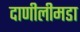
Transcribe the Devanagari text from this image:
दाणीलीमडा